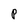
Character: P